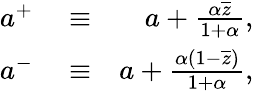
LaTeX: \begin{array}{rlr}{a^{+}}&{{}\equiv}&{a+\frac{\alpha\overline{z}}{1+\alpha},}\\ {a^{-}}&{{}\equiv}&{a+\frac{\alpha(1-\overline{z})}{1+\alpha},}\end{array}